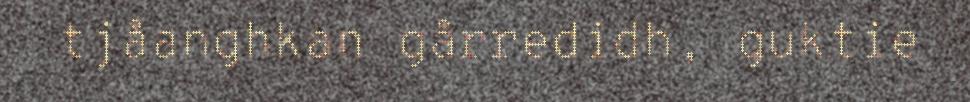
tjåanghkan gårredidh, guktie